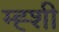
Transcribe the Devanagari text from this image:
म्ह्शी